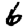
Digit: 6